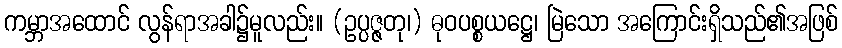
ကမ္ဘာအထောင် လွန်ရာအခါ၌မူလည်း။ (ဥပ္ပဇ္ဇတု၊) ဓုဝပစ္စယဋ္ဌေ၊ မြဲသော အကြောင်းရှိသည်၏အဖြစ်